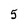
Character: 5